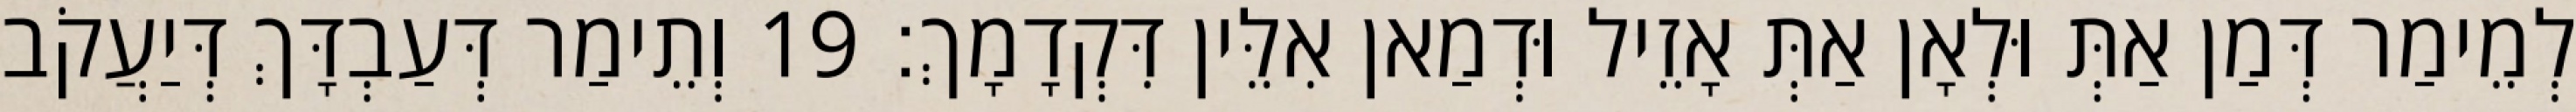
לְמֵימַר דְּמַן אַתְּ וּלְאָן אַתְּ אָזֵיל וּדְמַאן אִלֵּין דִּקְדָמָךְ׃ 19 וְתֵימַר דְּעַבְדָּךְ דְּיַעֲקֹב